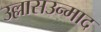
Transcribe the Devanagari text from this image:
उल्लासउन्माद